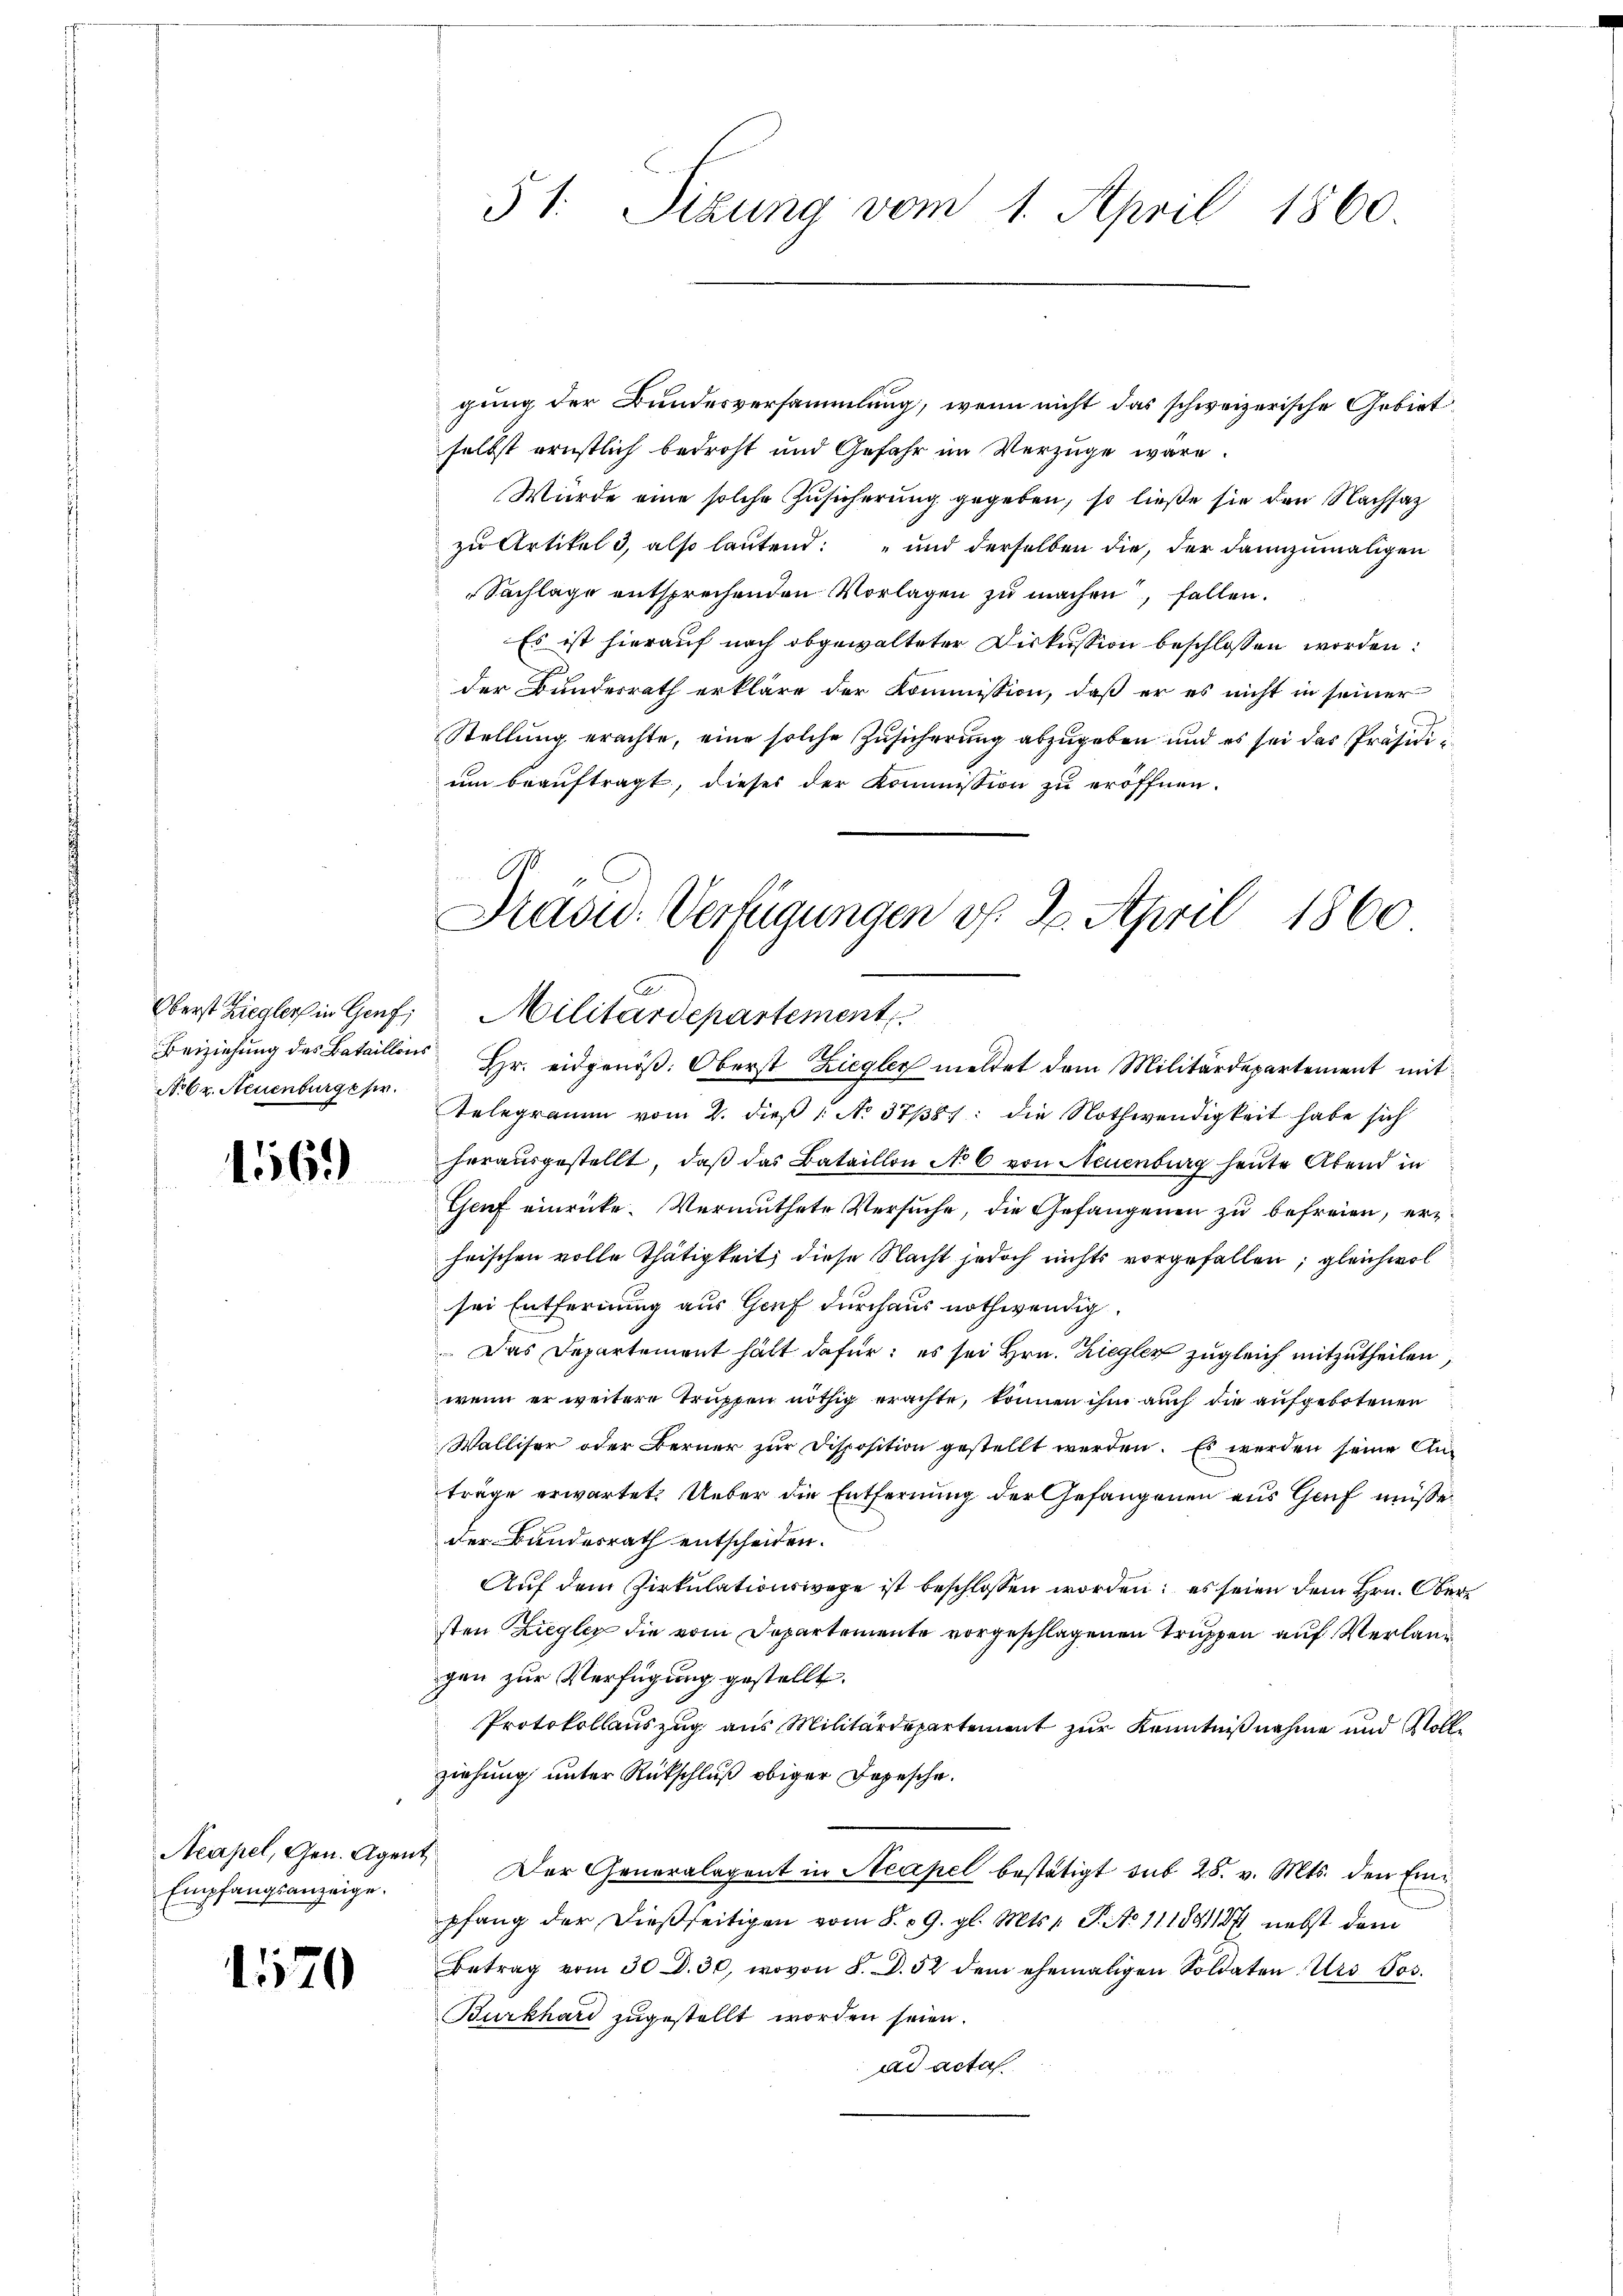
No 6 v. Neuenburger.

4569

Empfangsanzeige.

1520

51. Sizung vom 1. April 1860.

gung der Bundesversammlung, wenn nicht das schweizerische Gebiet
selbst ernstlich bedroht und Gefahr im Verzüge wäre.
Würde eine solche Zusicherung gegeben, so ließe sie den Nachsatz
zu Artikel 3, also lautend: „und derselben die, der dannzumaligen
Sachlage entsprechenden Vorlagen zu machen, fallen.
Es ist hierauf nach obgewalteter Diskussion beschlossen worden:
der Bundesrath erkläre der Kommission, daß er es nicht in seiner
Stellung erachte, eine solche Zusicherung abzugeben und es sei das Präsidium beauftragt, dieses der Kommission zu eröffnen.

Präsid. Verfügungen v. 2. April 1860
Oberst Zieglers in Genf; Militärdepartement
Beiziehung des Bataillons Hr. eidgenöβ: Oberst Ziegler meldet dem Militärdepartement mit

Telegramm vom 2. dieß No 37/381: die Nothwendigkeit habe sich
herausgestellt, daß das Bataillon No 6 von Neuenburg heute Abend in
Geuf einrücke. Vermuthete Versuche, die Gefangenen zu befreien, erheischen volle Thätigkeit diese Nacht jedoch nichts vorgefallen; gleichwol
sei Entfernung aus Genf durchaus nothwendig.
Das Departement hält dafür, es sei Hrn. Ziegler zugleich mitzutheilen,
wenn er weitere Truppen nöthig erachte, können ihm auch die aufgebotenen
Walliser oder Berner zur Disposition gestellt werden. Es werden seine Anträge erwartet. Ueber die Entfernung der Gefangenen aus Genf müsse
der Bundesrath entscheiden.
Auf dem Zirkulationswege ist beschlossen worden; es seien dem Hrn. Obersten Ziegler die vom Departemente vorgeschlagenen Truppen auf Verlang
gen zur Verfügung gestellt.
Protokollauszug aus Militärdepartement zur Kenntnißnahme und Vollziehung unter Rückschluß obiger Depesche.
Neapel, Gen. Agent. Der Generalagent in Neapel bestätigt sub 28. v. Mts. den Einpfang der dießseitigen vom 8. 19. gl. Mts. 1. P. No 11 1891187 nebst dem
Betrag vom 30 D. 30, wovon 8. d. 52 dem ehemaligen Soldaten Urs Jos.
Burkhard zugestellt worden seien.
ad acta